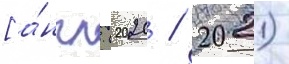
[а́нгл. (2020 / 2021)